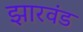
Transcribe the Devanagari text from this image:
झारवंड